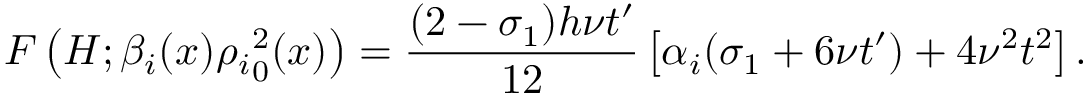
F \left( H ; \beta _ { i } ( x ) { \rho _ { i } } _ { 0 } ^ { 2 } ( x ) \right) = \frac { ( 2 - \sigma _ { 1 } ) h \nu t ^ { \prime } } { 1 2 } \left[ \alpha _ { i } ( \sigma _ { 1 } + 6 \nu t ^ { \prime } ) + 4 \nu ^ { 2 } t ^ { 2 } \right] .